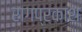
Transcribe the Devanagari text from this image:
रागप्रकाश